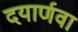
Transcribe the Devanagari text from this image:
दयार्णवा